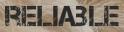
RELIABLE